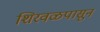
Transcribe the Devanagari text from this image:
शिरवळपासून